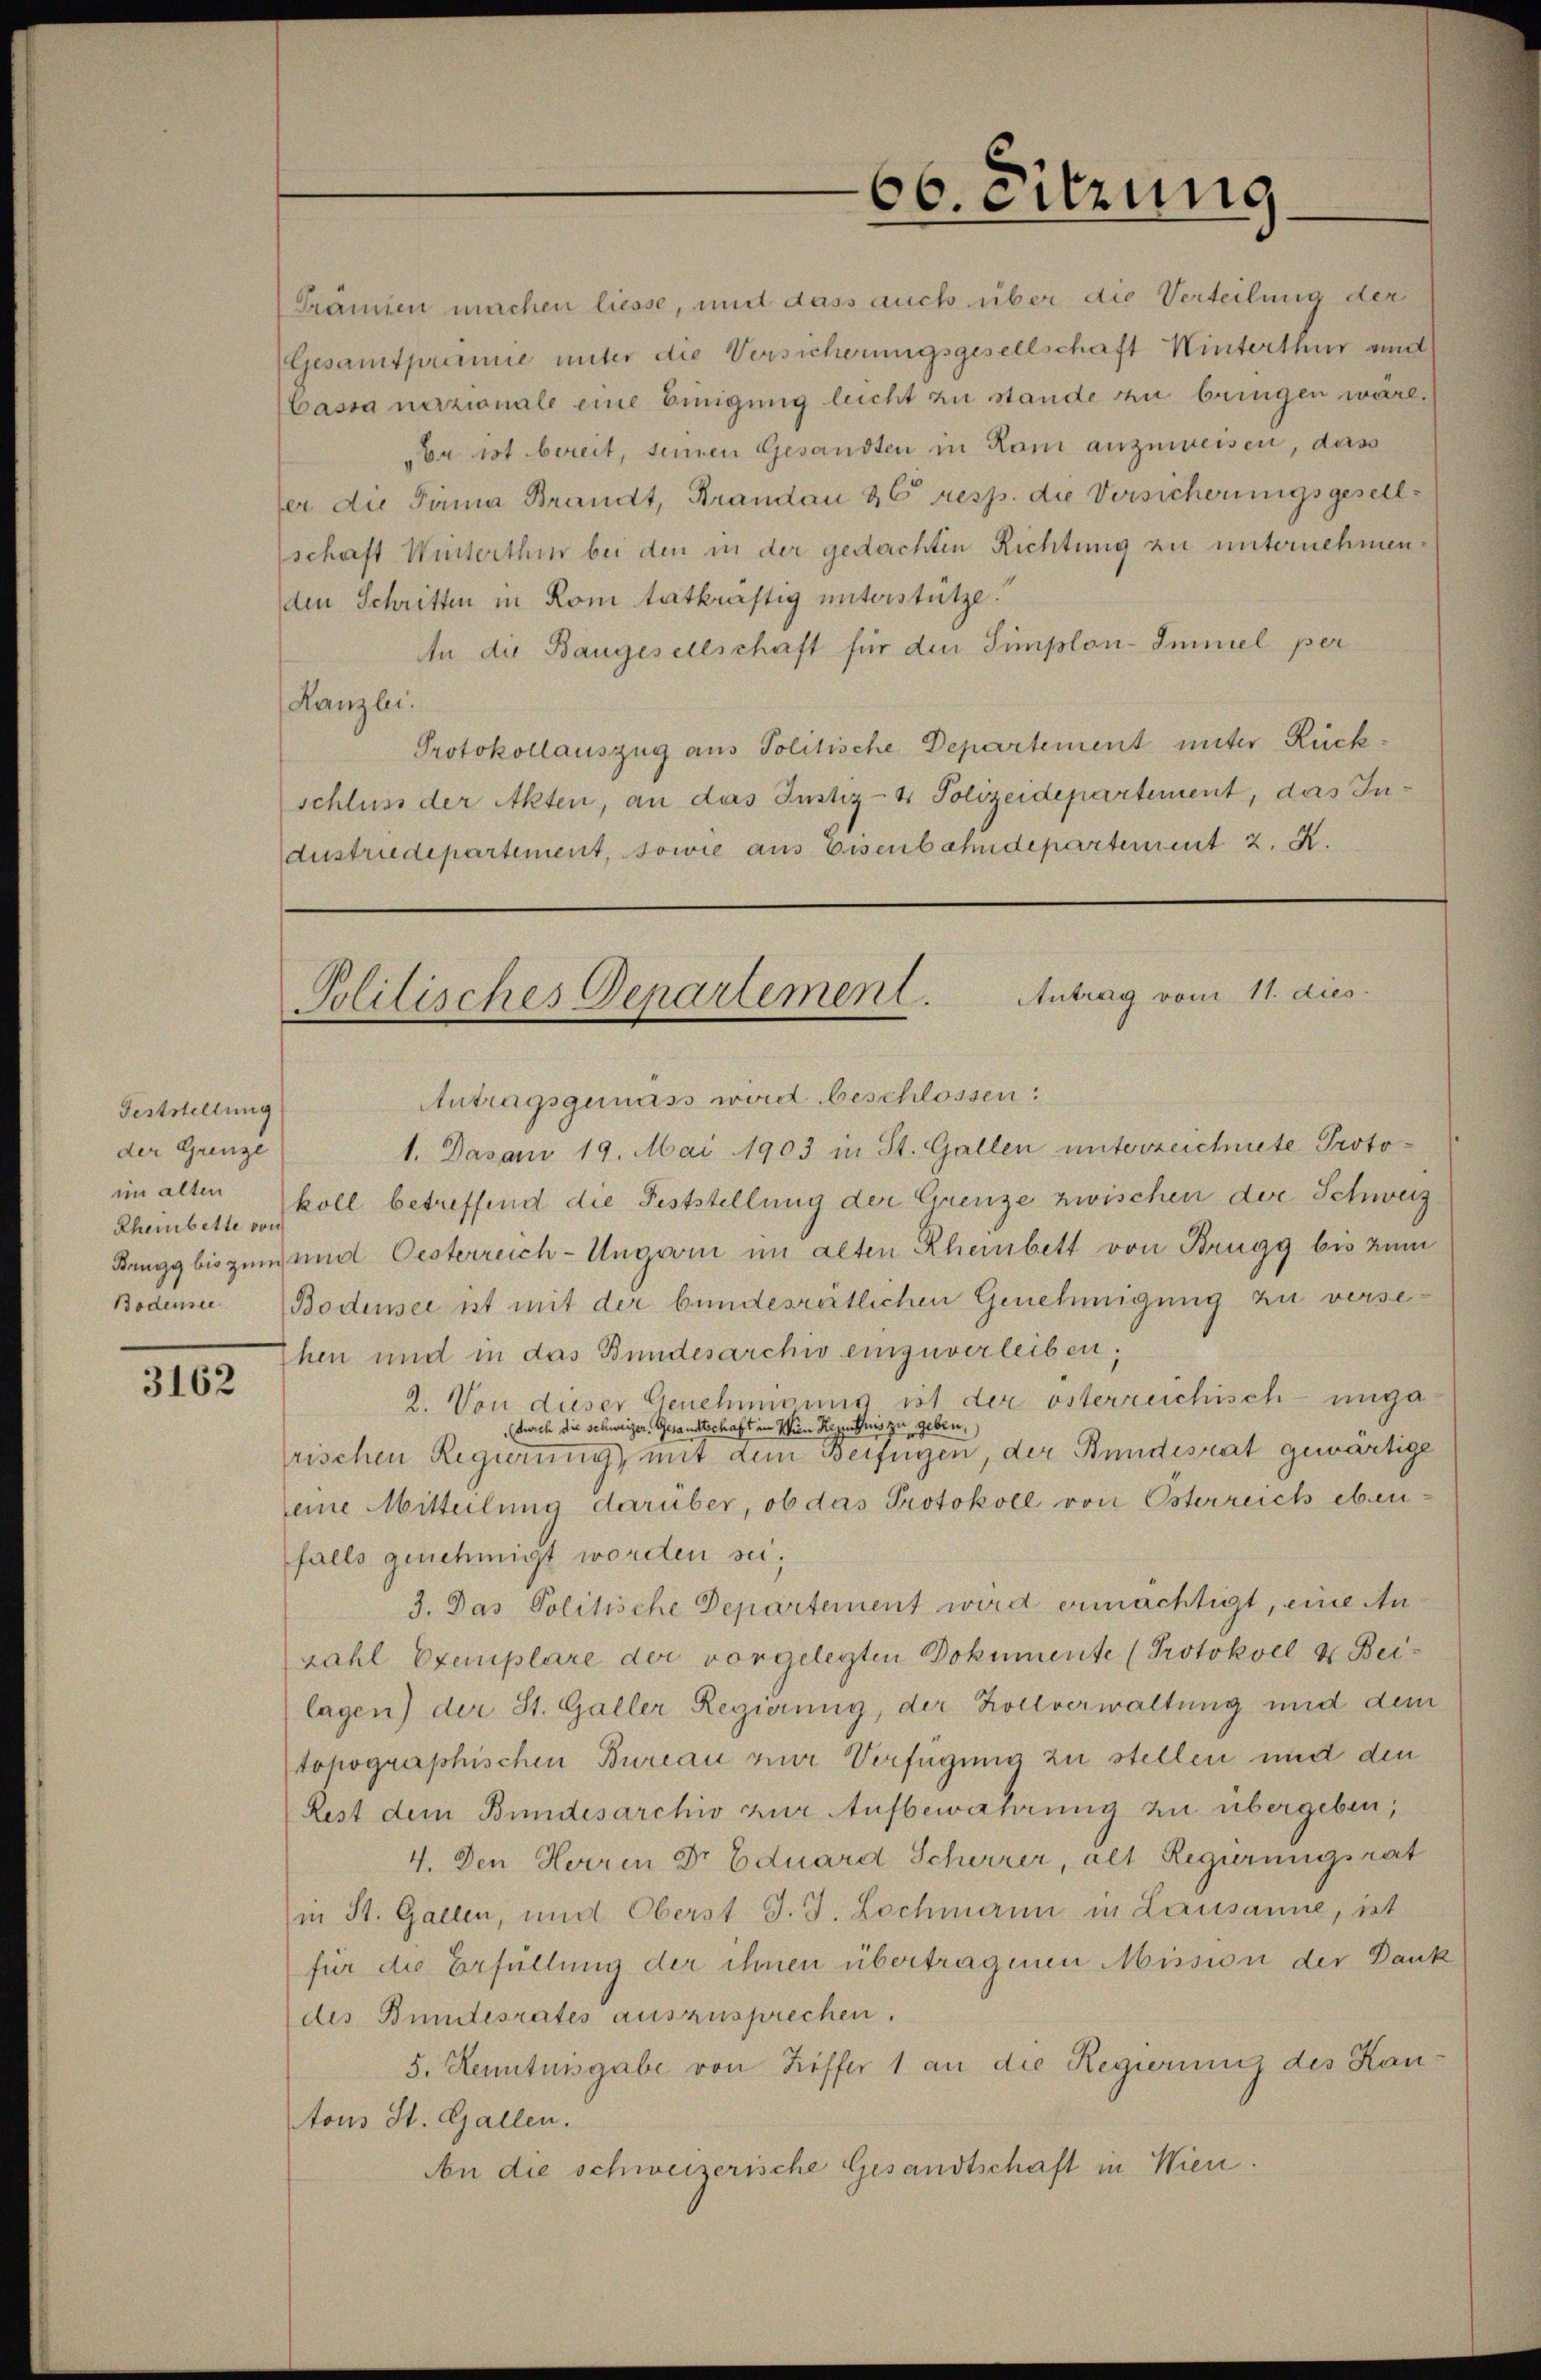
Feststellung
der Grenze
im alten

3162

Prämien machen liesse, und dass auch über die Verteilung der
Gesamtpremie unter die Versicherungsgesellschaft Winterthur und
Cassa nazionale eine Einigung leicht zu stande zu bringen wäre.
Da ist bereit, seinen Gesandten in Rom anzuweisen, dass
ter die Tönna Brandt, Brandau & 6 resp. die Versicherungsgesells
schaft Winterthin bei den in der gedachten Richtung zu unternehmen.
den Schritten in Rom tatkräftig unterstütze.
An die Baugesellschaft für die Simplon-Immel per
Lanzlei.
Protokollauszug aus Politische Departement unter Rückschluss der Akten, an das Justiz- & Polizeidepartement, das In¬
Austriedepartement, sowie aus Eisenbahndepartement z. B.

1. Dasani 19. Mai 1903 in St. Gallen unterzeichnete Proto¬
Rheinbette koll betreffend die Feststellung der Grenze zwischen der Schweiz
Brugg bis zum und Oesterreich-Ungarin im alten Rheinbett von Brugg bis zum
Bodene Bodensee ist mit der bundesrätlichen Genehmigung zu verse¬
Ehen und in das Bundesarchiv einzuverleiben;
2. Von dieser Genehmigung ist der österreichisch-unga¬
(durch die Schweizer, Gesandtschaft in Wien Regenschnis zu geben,
rischen Regierung mit dem Verfügen, der Bundesrat gewärtige
seine Mitteilung darüber, ob das Protokoll von Österreich ebenfalls genehmigt worden sei,
3. Das Politische Departement wird ermächtigt, eine Anzahl Exemplare der vorgelegten Dokumente (Protokoll & Beilagen) der St. Galler Regierung, der Zollverwaltung und dem
topographischen Bureau zur Verfügung zu stellen und den
Rest dem Bundesarchiv zur Aufbewahrung zu übergeben,
4. Den Herren Dr Eduard Scherrer, als Regierungsrat
in St. Gallen, und Oberst J. J. Lochmann in Lausanne, ist
für die Erfüllung der ihnen übertragenen Mission der Dank
des Bundesrates auszusprechen.
5. Kenntnisgabe von Riffer 1 an die Regierung des Kantons St. Gallen.
An die schweizerische Gesandtschaft in Wien.

66. Sitzung

Politisches Departement. Antrag vom 11. dies
Antragsgemäss wird beschlossen: